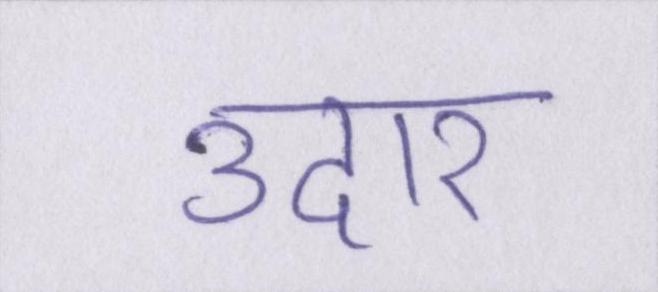
उदार